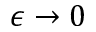
\epsilon \rightarrow 0